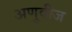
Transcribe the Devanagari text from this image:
अणुवीज